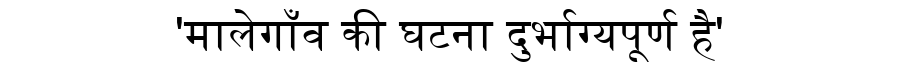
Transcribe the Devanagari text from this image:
'मालेगाँव की घटना दुर्भाग्यपूर्ण है'